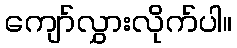
ကျော်လွှားလိုက်ပါ။